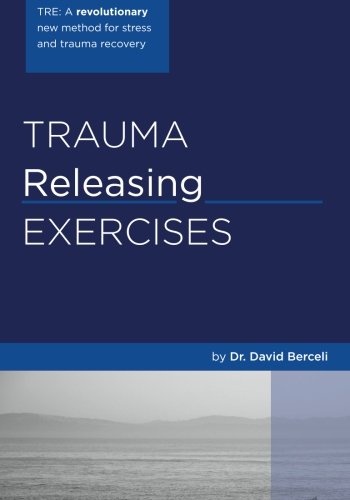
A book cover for Trauma Releasing Exercises (TRE): A revolutionary new method for stress/trauma recovery; David Berceli; Health, Fitness & Dieting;